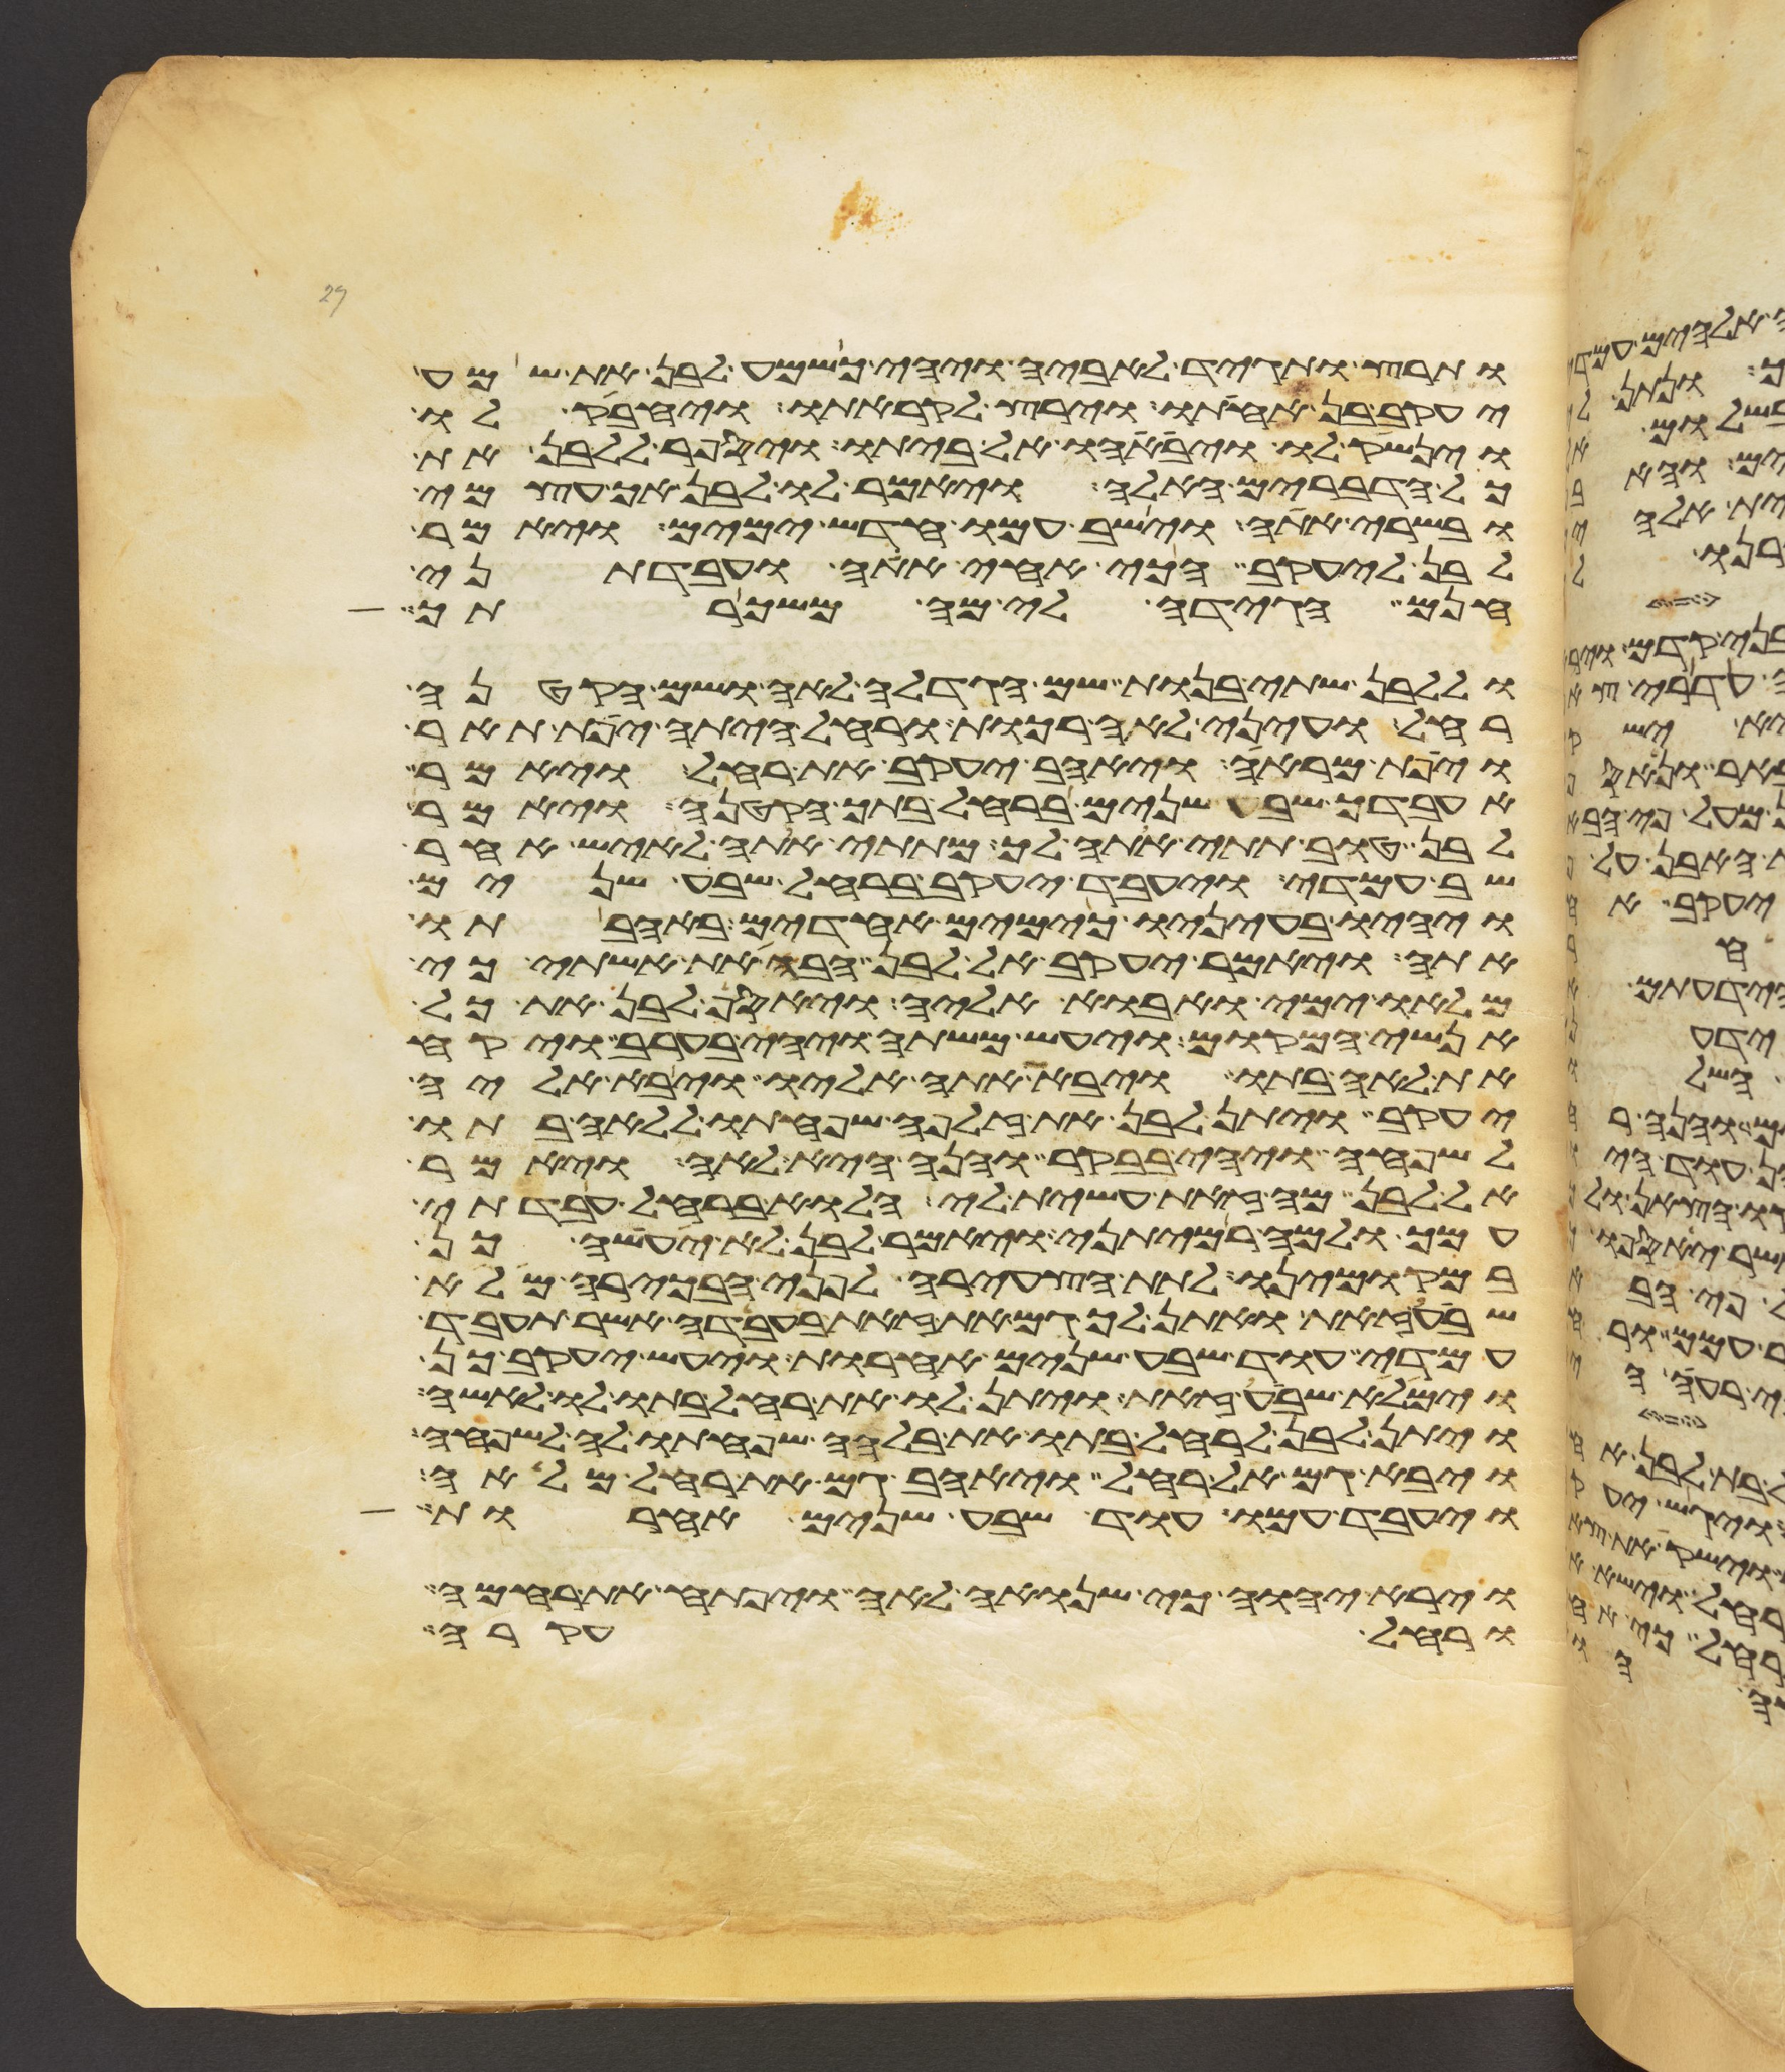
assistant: ותרץ ותגד לאביה ויהי כשמע לבן את שמע
יעקב בן אחותו וירץ לקראתו ויחבק לו
וינשק לו ויביאהו אל ביתו ויספר ללבן את
כל הדברים האלה ויאמר לו לבן אך עצמי
ובשרי אתה וישב עמו חדש ימים ויאמר
לבן ליעקב הכי אחי אתה ועבדתני
חנם הגידה לי מה משכרתך
וללבן שתי בנות שם הגדלה לאה ושם הקטנה
רחל ועיני לאה רכות ורחל היתה יפת תאר
ויפת מראה ויאהב יעקב את רחל ויאמר
אעבדך שבע שנים ברחל בתך הקטנה ויאמר
לבן טוב תתי אתה לך מתתי אתה לאיש אחר
שב עמדי ויעבד יעקב ברחל שבע שנים
ויהיו בעיניו כימים אחדים באהבתו
אתה ויאמר יעקב אל לבן הבה את אשתי כי
מלאו ימי ואבוא אליה ויאסף לבן את כל
אנשי המקום ויעש משתה ויהי בערב ויקח
את לאה בתו ויבא אתה אליו ויבא אליה
יעקב ויתן לבן את זלפה שפחתו ללאה בתו
לשפחה ויהי בבקר והנה היא לאה ויאמר
אל לבן מה זאת עשית לי הלוא ברחל עבדתי
עמך ולמה רמיתני ויאמר לבן לא יעשה כן
במקומינו לתת הצעירה לפני הבכירה מלא
שבע זאת ואתן לך גם את זאת בעבדה אשר תעבד
עמדי עוד שבע שנים אחרות ויעש יעקב כן
וימלא שבע זאת ויתן לו את רחל בתו לו לאשה
ויתן לבן לרחל בתו את בלהה שפחתו לה לשפחה
ויבא גם אל רחל ויאהב גם את רחל מלאה
ויעבד עמו עוד שבע שנים אחרות
וירא יהוה כי שנואה לאה ויפתח את רחמה
ורחל עקרה